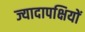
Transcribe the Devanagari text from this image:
ज्यादापक्षियों